King Institute of Preventive Medicine Bacteriolog. Section reports 1907-08
Year: 1907
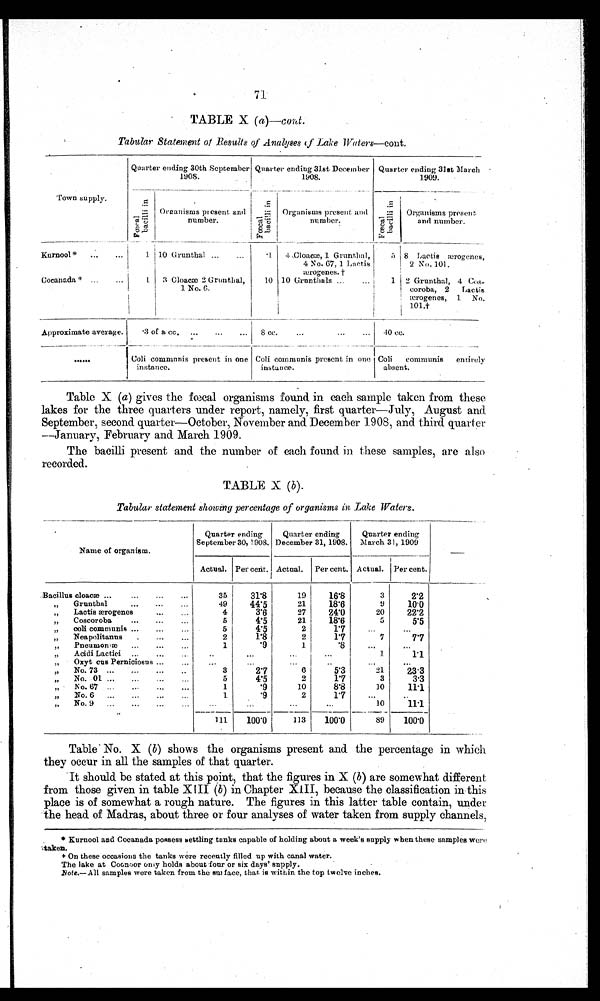
71
TABLE X (a)--cont.
Tabular Statement of Results of Analyses of Lake W a t e r s — c o n t .
•
Town supply.
Kurnool*
...
...
Cocanada * ...
Quarter
n i
l i
ci
F
3.
ending 30th September
1908.
Oreanisms pi esent and
number.
Quarter
i n
l i
al cli
F
ending 31st December
1 9 0 8 .
Organisms present and
number.
Quarter ending 31st March
1909.
i n
l i
a l
i l
ba
F
Organisms present
and number.
10 Grunthal ...
...
3 Cloaem 2 Grunthal,
1 No. 6.
10
4 Cloacæ,, 1 Grunthal,
4 No. 67, 1 Lactis
ærogenes,. t
10 Grunthals ...
... j
5 8 Lactis
æ e r o g e n e s
2 No. 101.
1 2 Grunthal, 4 Cos-
coroba, 2
L a c t i s
terogenes,
1.
No.
1 .01.•
Approximate average.
•3 of a cc,
...
...
...
Coli communis present in one
instance.
8 Cc.
...
...
...
Coli communis present in one
instance.
.40 cc.
Coli
communis
entirely
I
absent.
Table X (a) gives the fœcal organisms found in each sample taken from these
lakes for the three quarters under report, namely, first quarter—July, August and
September, second quarter—October, November and December 1908, and third quart er
--January, February and March 1909.
The bacilli present and the number of each found in these samples, are also
recorded.
TABLE X (b).
Tabular statement showing percentage of organisms in Lake Waters.
Quarter ending
September 30, 1908.
Quarter ending
December 31, 1908.
Quarter ending
March 31, 1909
Name of organism.
Actual. Per cent. Actual.
Per cent. Actual.
Per cent.
Bacillus cloac
...
...
...
...
35
31'8
19
16'8
3
2'2
„
Grunthal
...
...
...
49
44'5
21
18'6
9
10.0
,, Lactis aerogenes ...
4
3'6
27
24'0
20
22'2
„
Coscoroba
...
...
...
5
4'5
21
18'6
5
5'5
„
ooli communes ...
...
...
5
4'5
2
1'7
...
...
Neapolitanus
...
...
2
1'8
2
1•7
7
7'7
„
Pneumonæ
1
'9
1
'8
...
...
,,
Acidi Lactici
...
...
..
...
...
...
1.
1'1
,, Oxyt cns Perniciosus ... ...
...
...
...
...
„
No. 73 ...
...
...
..
3
2'7
6
5'3
21
2 3 . 3
, ,
5
4'5
2
1'7
3
3.3
„
N o. 67 ...
...
...
1
'9
10
8'8
10
11.1
„
No. 6
...
...
...
...
1
'9
2
1 '
...
...
...
10
11'1
111
100'0
113
100'0
89
100'0
Table' No. X (b) shows the organisms present and the percentage in which
they occur in all the samples of that quarter.
It should be stated at this point, that the figures in X (b) are somewhat different
from those given in table XIII (b) in ChapterXIII, because the classification in this
place is of somewhat a rough nature. The figures in this latter table contain, under
the head of Madras, about three or four analyses of water taken from supply channels,
* Kurnool and Cocanada possess settling tanks capable of holding about a week's supply when these samples were
taken.
+ On these occasions the tanks were recently filled up with canal water.
The lake at Coonoor only holds about four or six days' supply.
Note.—All samples were taken from the surface, that is within the top twelve inches.